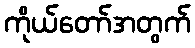
ကိုယ်တော်အတွက်